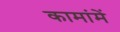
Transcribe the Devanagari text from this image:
कामांमें